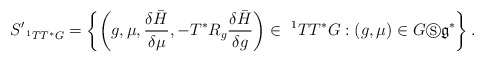
\begin{align*}S_{\ ^{1}TT^{\ast }G}^{\prime }=\left\{ \left( g,\mu ,\frac{\delta \bar{H}}{\delta \mu },-T^{\ast }R_{g}\frac{\delta \bar{H}}{\delta g}\right)\in \ ^{1}TT^{\ast }G:\left( g,\mu \right) \in G\circledS\mathfrak{g}^{\ast }\right\} . \end{align*}